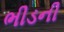
ભીડની